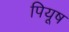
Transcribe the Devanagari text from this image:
पियूष